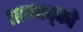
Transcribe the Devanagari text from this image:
सम्पद्को